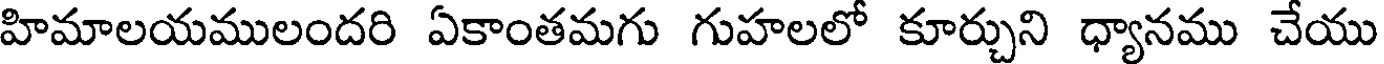
హిమాలయములందరి ఏకాంతమగు గుహలలో కూర్చుని ధ్యానము చేయు